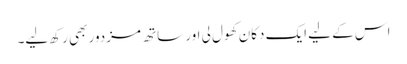
اس کے لیے ایک دکان کھول لی اور ساتھ مزدور بھی رکھ لیے۔